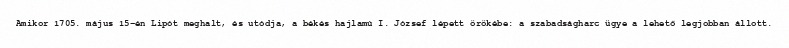
Amikor 1705. május 15-én Lipót meghalt, és utódja, a békés hajlamú I. József lépett örökébe: a szabadságharc ügye a lehető legjobban állott.